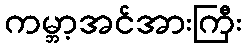
ကမ္ဘာ့အင်အားကြီး